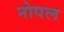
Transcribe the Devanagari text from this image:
नोपल